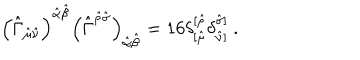
\left( \hat { \Gamma } _ { \hat { \mu } \hat { \nu } } \right) ^ { \hat { \alpha } \hat { \beta } } \left( \hat { \Gamma } ^ { \hat { \rho } \hat { \sigma } } \right) _ { \hat { \alpha } \hat { \beta } } = 1 6 \delta _ { [ \hat { \mu } } ^ { [ \hat { \rho } } \delta _ { \hat { \nu } ] } ^ { \hat { \sigma } ] } \ .